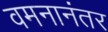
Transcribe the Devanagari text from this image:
वमनानंतर